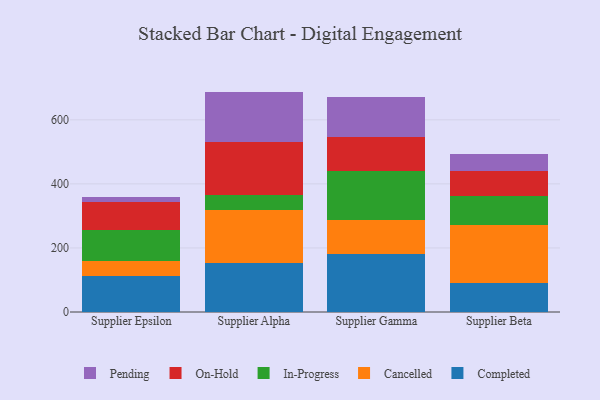
{"axis": {"x": "Supplier", "y": "Conversion Rate (%)"}, "legend": ["Cancelled", "Completed", "In-Progress", "On-Hold", "Pending"], "data": [{"x": "Supplier Epsilon", "y": 113.8, "type": "Completed"}, {"x": "Supplier Epsilon", "y": 44.1, "type": "Cancelled"}, {"x": "Supplier Epsilon", "y": 98.8, "type": "In-Progress"}, {"x": "Supplier Epsilon", "y": 88.0, "type": "On-Hold"}, {"x": "Supplier Epsilon", "y": 13.5, "type": "Pending"}, {"x": "Supplier Alpha", "y": 152.5, "type": "Completed"}, {"x": "Supplier Alpha", "y": 166.6, "type": "Cancelled"}, {"x": "Supplier Alpha", "y": 45.2, "type": "In-Progress"}, {"x": "Supplier Alpha", "y": 165.7, "type": "On-Hold"}, {"x": "Supplier Alpha", "y": 158.1, "type": "Pending"}, {"x": "Supplier Gamma", "y": 179.6, "type": "Completed"}, {"x": "Supplier Gamma", "y": 107.9, "type": "Cancelled"}, {"x": "Supplier Gamma", "y": 151.2, "type": "In-Progress"}, {"x": "Supplier Gamma", "y": 106.3, "type": "On-Hold"}, {"x": "Supplier Gamma", "y": 127.5, "type": "Pending"}, {"x": "Supplier Beta", "y": 92.1, "type": "Completed"}, {"x": "Supplier Beta", "y": 179.3, "type": "Cancelled"}, {"x": "Supplier Beta", "y": 90.3, "type": "In-Progress"}, {"x": "Supplier Beta", "y": 78.6, "type": "On-Hold"}, {"x": "Supplier Beta", "y": 54.2, "type": "Pending"}]}